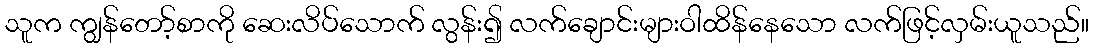
သူက ကျွန်တော့်စာကို ဆေးလိပ်သောက် လွန်း၍ လက်ချောင်းများဝါထိန်နေသော လက်ဖြင့်လှမ်းယူသည်။